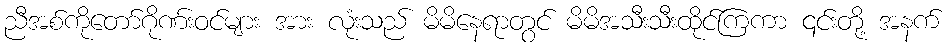
ညီအစ်ကိုတော်ဂိုဏ်းဝင်များ အား လုံးသည် မိမိနေရာတွင် မိမိအသီးသီးထိုင်ကြကာ ၎င်းတို့ အနက်